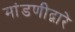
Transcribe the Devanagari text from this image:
मांडणीद्वारे